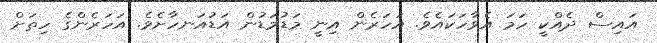
އައިސް ދެއްކީ ހަމަ އެވާހަކައެވެ. އަހަރެން އިނީ މަޑުމަޑުން އަޑުއަނހާށެވެ. އަހަރެންގެ ހިތަށް